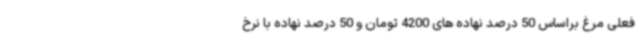
فعلی مرغ براساس 50 درصد نهاده های 4200 تومان و 50 درصد نهاده با نرخ